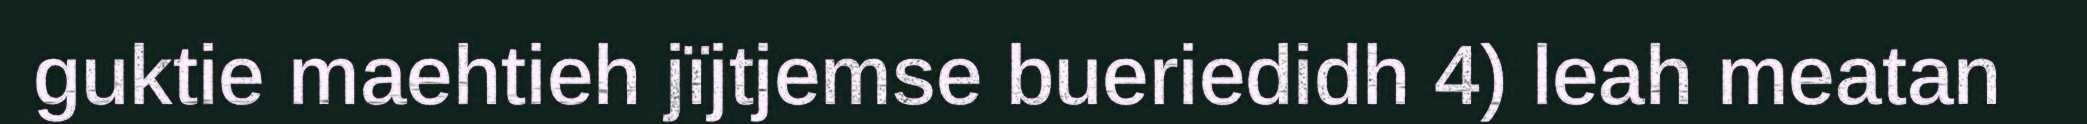
guktie maehtieh jïjtjemse bueriedidh 4) leah meatan